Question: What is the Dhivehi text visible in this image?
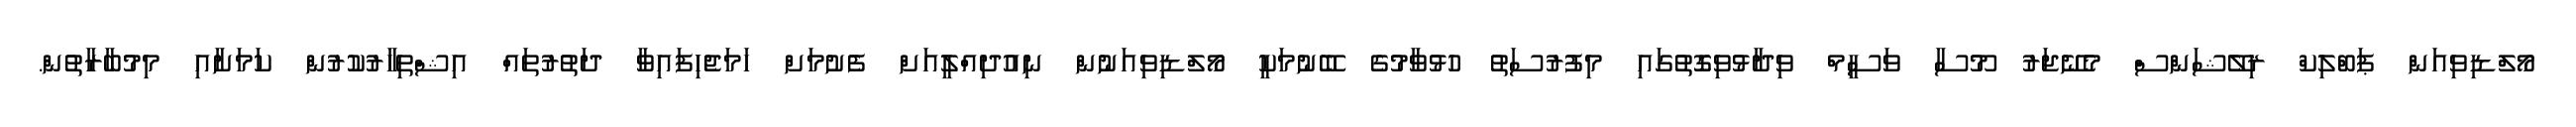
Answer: މޯލްޑިވިއަން ޕަބްލިކް ރިލޭޝަންސް މެނޭޖަރު މޫސާ ވަސީމް ވިދާޅުވިގޮތުގައި މިފުރުސަތު ހުޅުވާމުގެ ބޭނުމަކީ މޯލްޑިވިއަނުން ނިއުދިއްލީއަށް ފެށުމަށް ހަމަޖެހިފައިވާ ދަތުރުތައް އިޝްތިހާރުކުރުން ކަމަށާއި މިމުބާރާތުން.